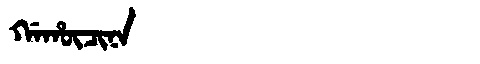
Manchu: ᡤᠠᡥᡡᠴᡳᠨᠠ
Romanization: GAHŪCINA